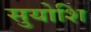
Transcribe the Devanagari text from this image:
सुयोशि